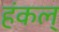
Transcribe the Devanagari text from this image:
हंकल्